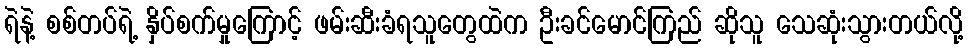
ရဲနဲ့ စစ်တပ်ရဲ့ နှိပ်စက်မှုကြောင့် ဖမ်းဆီးခံရသူတွေထဲက ဦးခင်မောင်ကြည် ဆိုသူ သေဆုံးသွားတယ်လို့